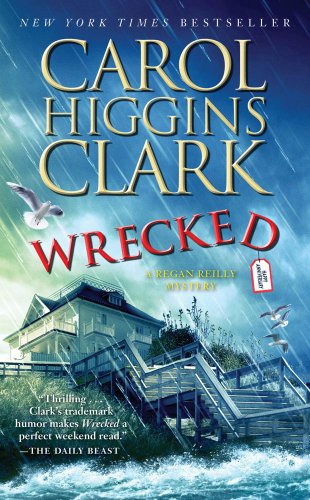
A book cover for Wrecked (A Regan Reilly Mystery); Carol Higgins Clark; Literature & Fiction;